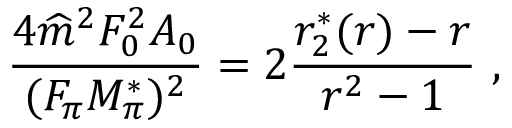
\frac { 4 \widehat m ^ { 2 } F _ { 0 } ^ { 2 } A _ { 0 } } { ( F _ { \pi } M _ { \pi } ^ { * } ) ^ { 2 } } = 2 \frac { r _ { 2 } ^ { * } ( r ) - r } { r ^ { 2 } - 1 } \ ,